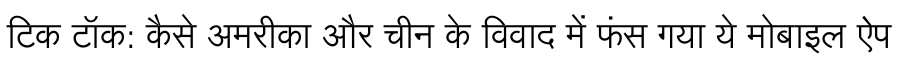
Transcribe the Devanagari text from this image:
टिक टॉक: कैसे अमरीका और चीन के विवाद में फंस गया ये मोबाइल ऐप